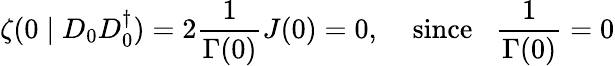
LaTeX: \zeta(0\mid D_{0}D_{0}^{\dagger})=2\frac{1}{\Gamma(0)}J(0)=0,\; \; \; \; \mathrm{since}\; \; \; \frac{1}{\Gamma(0)}=0